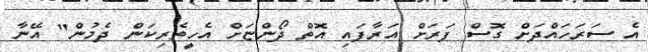
އެ ސަރަހައްދަށް ގޮސް ފަރަށް އަރާފައި އޮތް ދޯންޏަށް އެހީތެރިކަން ދެމުން" އޭނާ